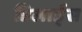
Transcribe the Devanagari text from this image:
डिलार्ड्स